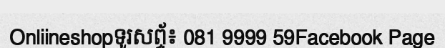
Onliineshopទូរសព្ទ័៖ 081 9999 59Facebook Page